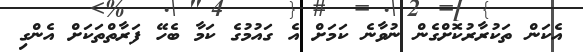
އެކަން ތަކުރާރުކޮށްގެން ނުވާނެ ކަމަށް އެ ގައުމުގެ ކަމާ ބެހޭ ފަރާތްތަކަށް އެންގި